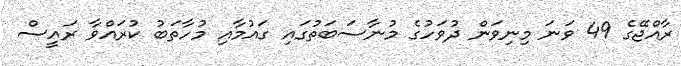
ރާއްޖޭގެ 49 ވަނަ މިނިވަން ދުވަހުގެ މުނާސަބަތުގައި ގައުމާއި މުހާތަބު ކުރައްވާ ރައީސް